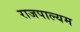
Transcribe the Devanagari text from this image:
राजपाल्यम